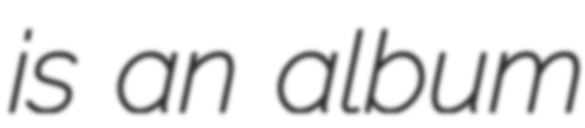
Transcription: is an album